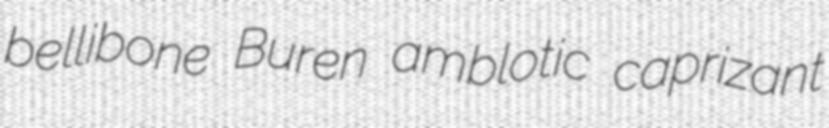
bellibone Buren amblotic caprizant